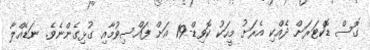
ގޮސް ޑޮކްޓަރަށް ދެއްކި އެރަށު މީހަކު ކޮވިޑް-19 އަށް ފައްސިވުމާއި ގުޅިގެންނެވެ. ނަޑެއްލާ